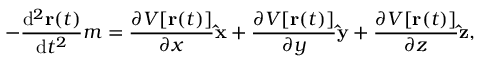
- { \frac { \mathrm { d } ^ { 2 } \mathbf { r } ( t ) } { \mathrm { d } t ^ { 2 } } } m = { \frac { \partial V [ \mathbf { r } ( t ) ] } { \partial x } } \mathbf { \hat { x } } + { \frac { \partial V [ \mathbf { r } ( t ) ] } { \partial y } } \mathbf { \hat { y } } + { \frac { \partial V [ \mathbf { r } ( t ) ] } { \partial z } } \mathbf { \hat { z } } ,